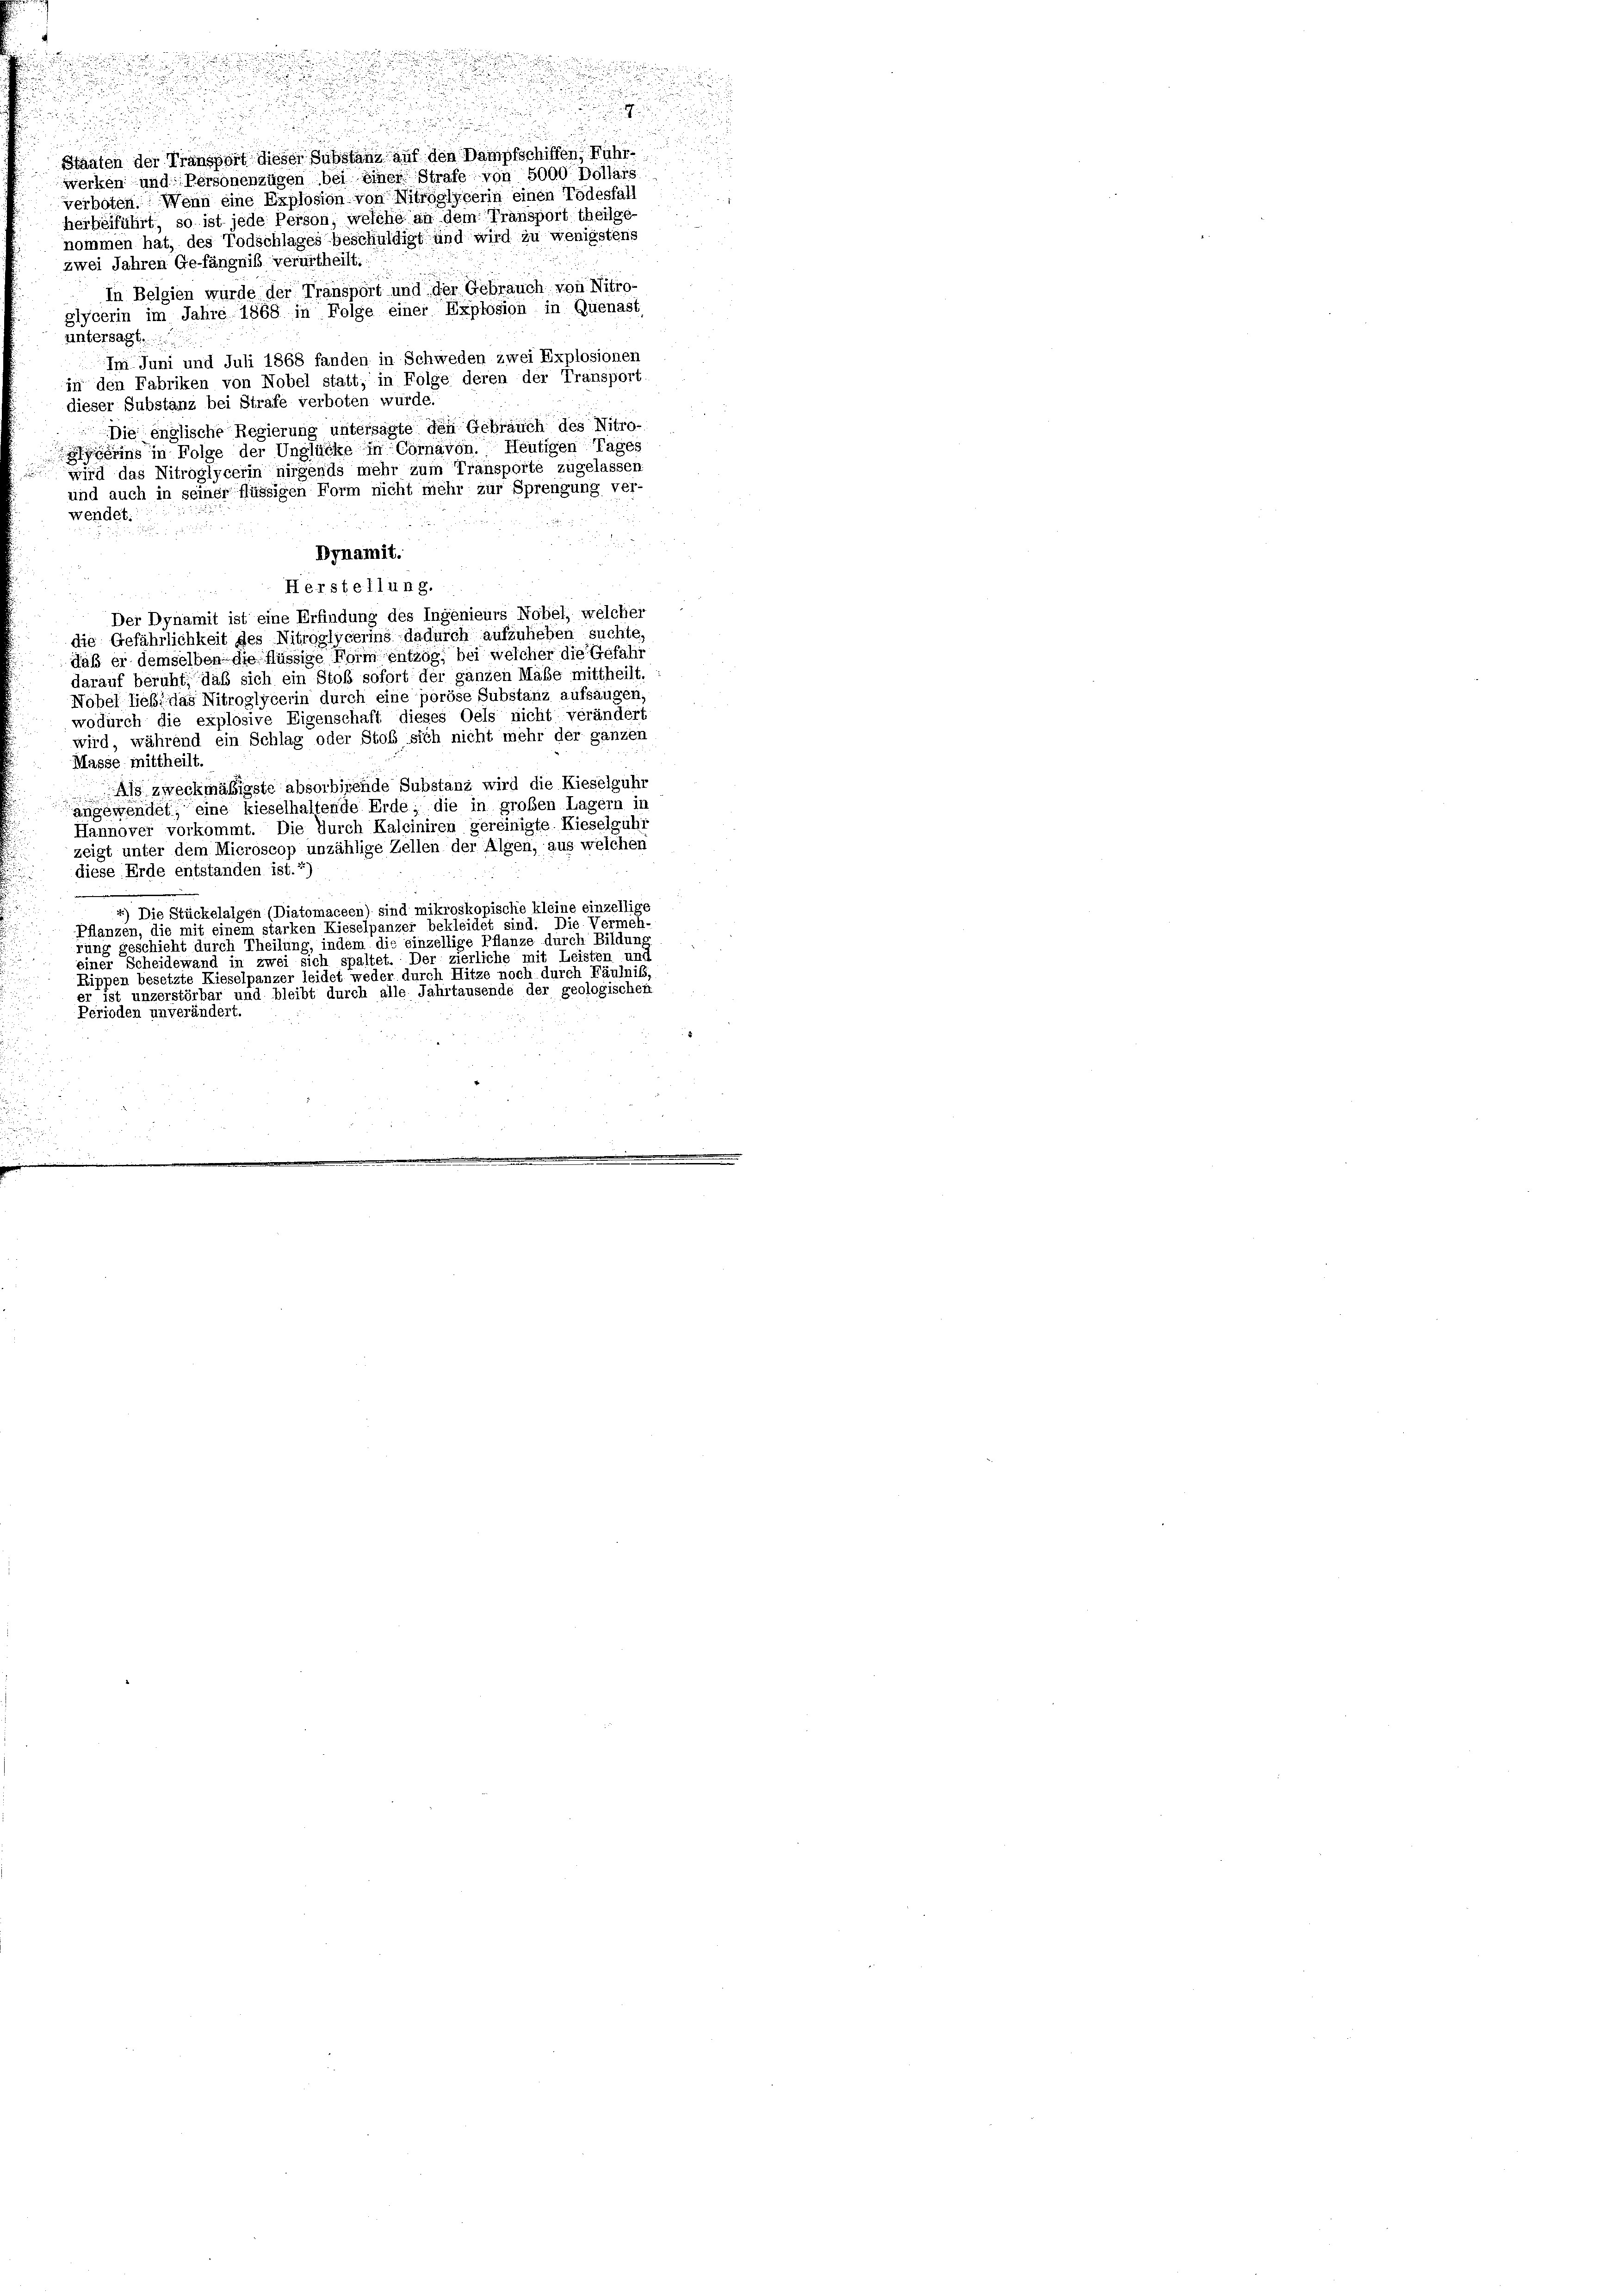
u

u
.

e

Staaten der Transport dieser Substand auf den Dampfschiffen, Führ
werken und Personenzügen bei einer Strafe von 5000 Dollars
verboten. Wenn eine Explosion von Nitrgglycerin einen Todesfall
herbeiführt, so ist jede Person, welche an dem Transport theilge
nommen hat, des Todschlages beschuldigt und wird zu wenigstens
zwei Jahren Gefängniß verurtheilt.
In Belgien wurde der Transport und der Gebrauch von Nitroglycerin im Jahre 1868 in Folge einer Explosion in Quenast
untersagt.
Im Juni und Juli 1868 fanden in Schweden zwei Explosionen
in den Fabriken von Nobel statt; in Folge deren der Transport
dieser Substanz bei Strafe verboten wurde.
Die englische Regierung untersagte den Gebrauch des Nitro-
lycerins in Folge der Unglücke in Cornavon. Heutigen Tages
wird das Nitroglycerin nirgends mehr zum Transporte zugelassen
und auch in seiner flüssigen Form nicht mehr zur Sprengung ver-
wendet:
8

Dynamit.
Herstellung.
Der Dynamit ist eine Erfindung des Ingenieurs Nobel, welcher
die Gefährlichkeit des Nitroglycerins dadurch aufzuheben suchte.
daß er demselben die flüssige Form entzog, bei welcher die Gefahr
darauf beruht, daß sich ein Stoß sofort der ganzen Maße mittheilt.
Nobel liebt das Nitroglycerin durch eine poröse Substanz aufsänger
wodurch die explosive Eigenschaft dieses Oels nicht verändert
wird, während ein Schlag oder Stoß sich nicht mehr der gänzen
Masse mittheilt.
Als zweckmäßigste absorbirende Substanz wird die Kieselguhr
angewendet, eine kieselhaltende Erde; die in großen Lagern in
Hannover vorkommt. Die Durch Kalciniren gereinigte Rieselgühr
zeigt unter dem Microscop unzählige Zellen der Algen, aus welchen
diese Erde entstanden ist.1)
) Die Stückelalgen (Diatomaceen) sind mikroskopische kleine einzellige
Pflanzen, die mit einem starken Kieselpanzer bekleidet sind. Die Vermeh-
rung geschieht durch Theilung, indem die einzellige Pflanze durch Bildung
Der zierliche mit Leisten und
einer Scheidewand in zwei Sich spaltet.
Rippen besetzte Kieselpanzer leidet weder durch Hitze noch durch Fäulniß
r ist unzerstörbar und bleibt durch alle Jahrtausende der geologischen
Perioden unverändert.

a

.
.